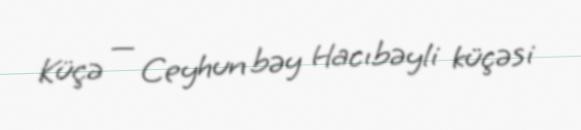
Küçə — Ceyhun bəy Hacıbəyli küçəsi